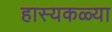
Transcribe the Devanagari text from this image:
हास्यकळ्या